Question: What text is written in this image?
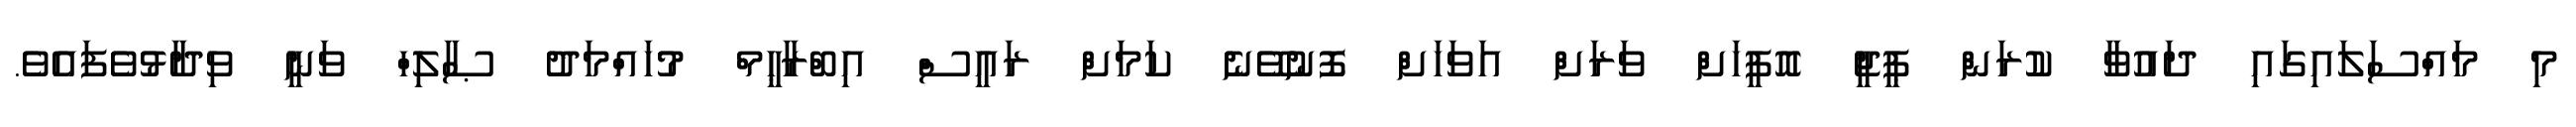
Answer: މި މައްސަލައިގައި ދައުވާ ކުރަން ޕީޖީ އޮފީހަށް ވަރަށް އަވަހަށް ފޮނުވޭނެ ކަމަށް ރައީސް އިބްރާޙީމް މުހައްމަދު ޞާލިހް ވަނީ ވިދާޅުވެފައެވެ.